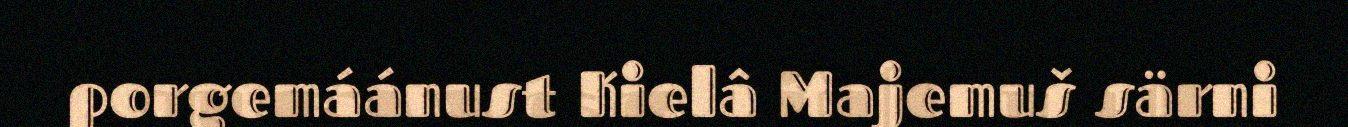
porgemáánust Kielâ Majemuš särni